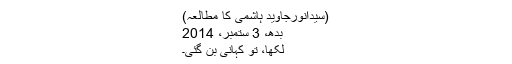
(سیدانورجاوید ہاشمی کا مطالعہ)
بدھ، 3 ستمبر، 2014
لکھا، تو کہانی بن گئی۔